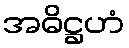
အဓိဋ္ဌဟံ